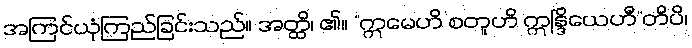
အကြင်ယုံကြည်ခြင်းသည်။ အတ္ထိ၊ ၏။ “ဣမေဟိ စတူဟိ ဣန္ဒြိယေဟီ”တိပိ၊